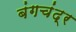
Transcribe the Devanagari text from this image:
बंगचंद्र